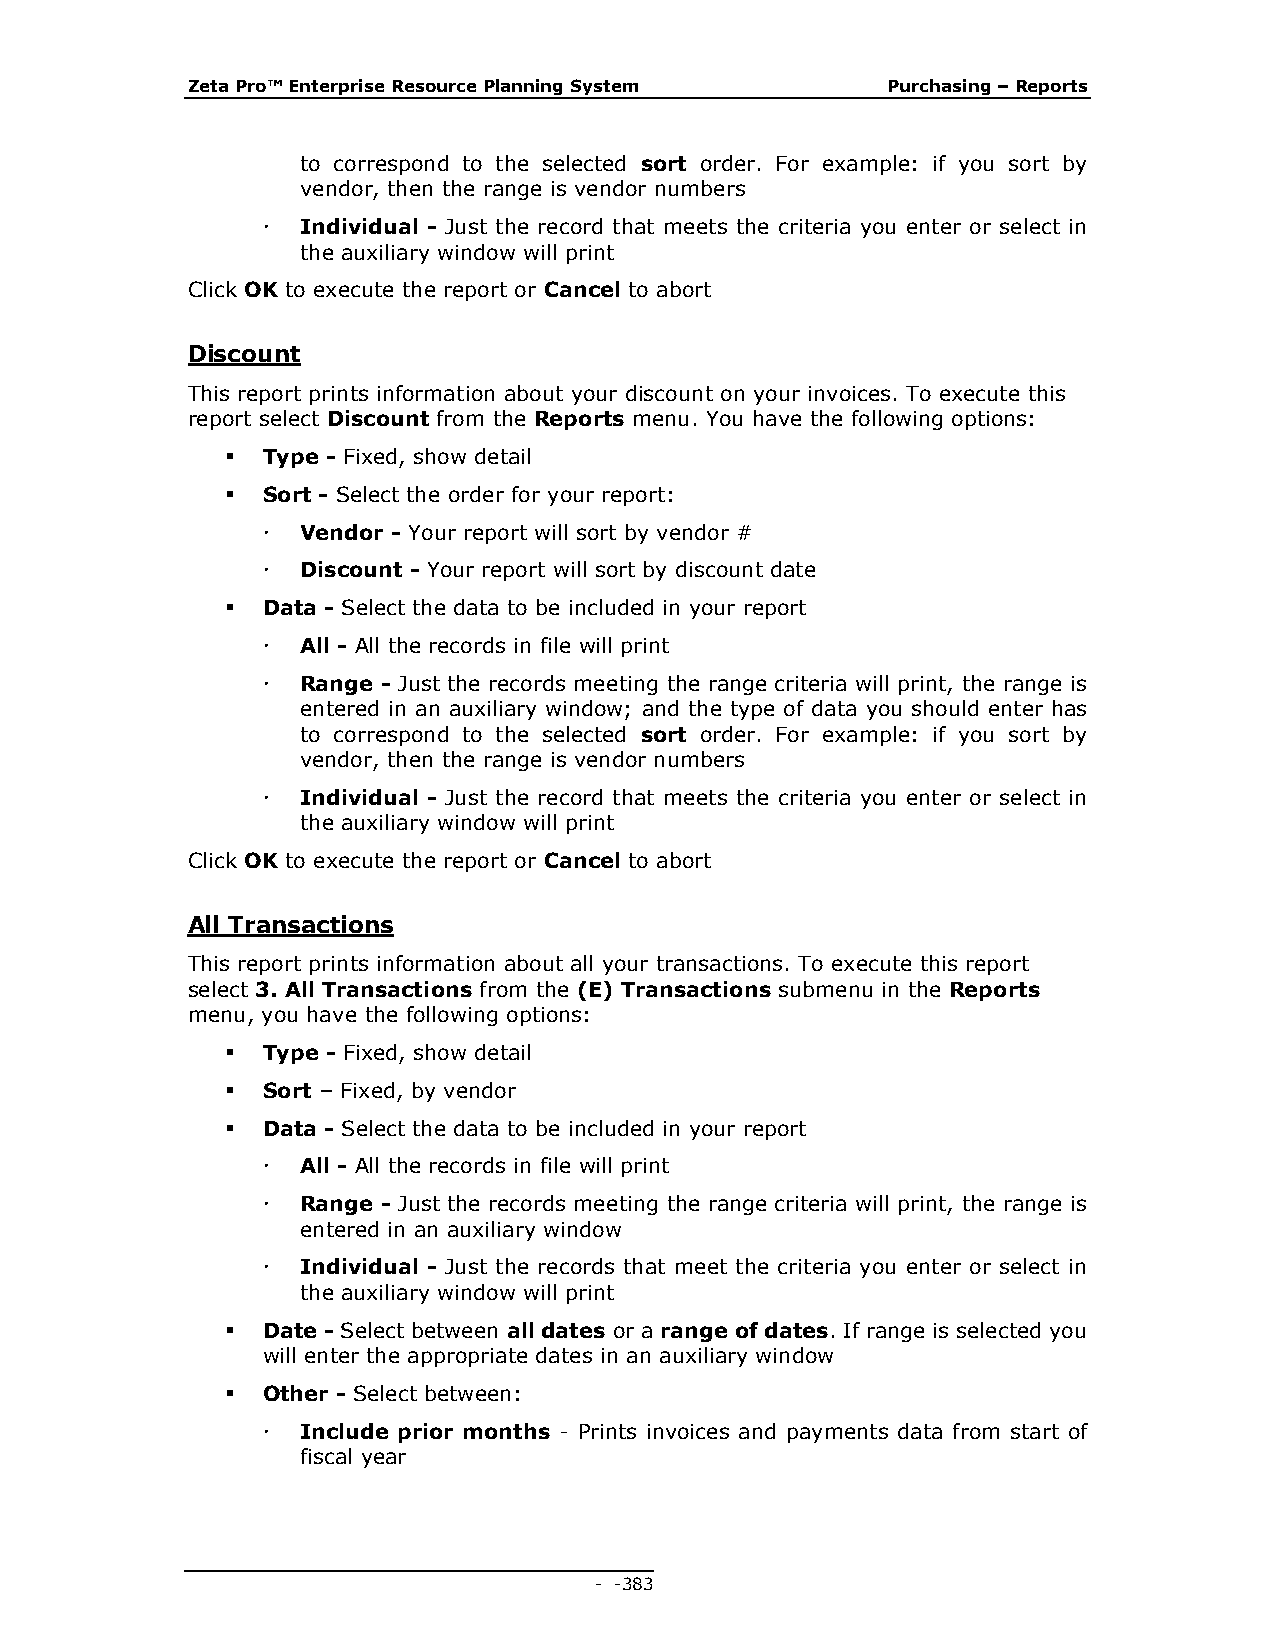
Zeta Pro™ Enterprise Resource Planning System  Purchasing – Reports
 to correspond to the selected sort order. For example: if you sort by
 vendor, then the range is vendor numbers
   Individual - Just the record that meets the criteria you enter or select in
 the auxiliary window will print
 Click OK to execute the report or Cancel to abort
 Discount
 This report prints information about your discount on your invoices. To execute this
 report select Discount from the Reports menu. You have the following options:
  Type - Fixed, show detail
  Sort - Select the order for your report:
   Vendor - Your report will sort by vendor #
   Discount - Your report will sort by discount date
  Data - Select the data to be included in your report
   All - All the records in file will print
   Range - Just the records meeting the range criteria will print, the range is
 entered in an auxiliary window; and the type of data you should enter has
 to correspond to the selected sort order. For example: if you sort by
 vendor, then the range is vendor numbers
   Individual - Just the record that meets the criteria you enter or select in
 the auxiliary window will print
 Click OK to execute the report or Cancel to abort
 All Transactions
 This report prints information about all your transactions. To execute this report
 select 3. All Transactions from the (E) Transactions submenu in the Reports
 menu, you have the following options:
  Type - Fixed, show detail
  Sort – Fixed, by vendor
  Data - Select the data to be included in your report
   All - All the records in file will print
   Range - Just the records meeting the range criteria will print, the range is
 entered in an auxiliary window
   Individual - Just the records that meet the criteria you enter or select in
 the auxiliary window will print
  Date - Select between all dates or a range of dates. If range is selected you
 will enter the appropriate dates in an auxiliary window
  Other - Select between:
   Include prior months - Prints invoices and payments data from start of
 fiscal year
 - - 383